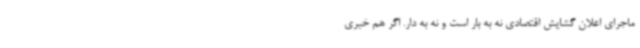
ماجرای اعلان گشایش اقتصادی نه به بار است و نه به دار. اگر هم خبری